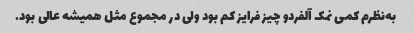
به‌نظرم کمی نمک آلفردو چیز فرایز کم بود ولی در مجموع مثل همیشه عالی بود.